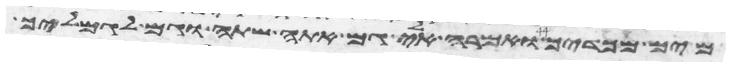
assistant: מים מכדך ואמרה אלי גם אתה שתה וגם לגמליך